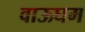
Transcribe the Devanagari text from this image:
वाऊघम